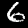
Label: 6